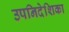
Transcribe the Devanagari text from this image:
उपनिदेशिका